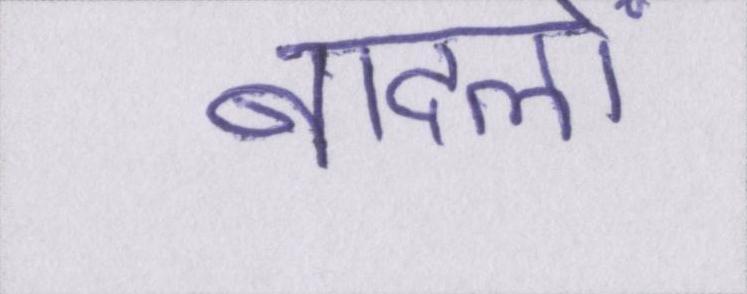
बादलों